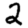
Digit: 2